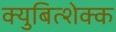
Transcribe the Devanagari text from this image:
क्युबित्शेक्क